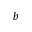
b